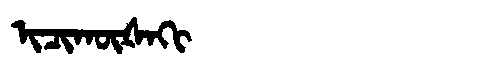
Manchu: ᡳᠴᡳᡴᡡᡧᠠᡴᡳ
Romanization: ICIKŪŠAKI